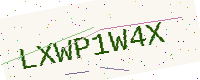
Text: LXWP1W4X